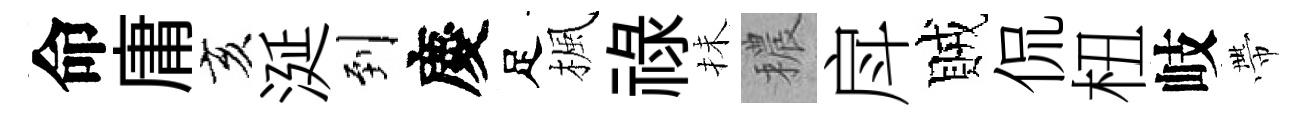
命庸亥涎到慶足楓祿抺穠戽賊侃杻岐帶